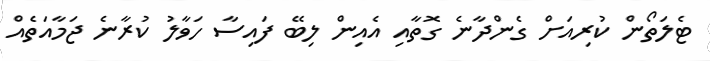
ޓެލަތޯން ކުރިއަށް ގެންދާނެ ގޮތާއި އެއިން ލިބޭ ފައިސާ ހަވާލު ކުރާނެ ޖަމާއަތެއް